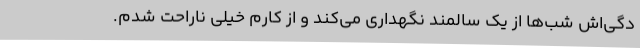
دگی‌اش شب‌ها از یک سالمند نگهداری می‌کند و از کارم خیلی ناراحت شدم.